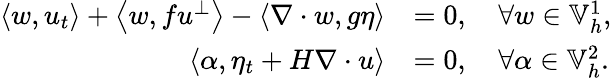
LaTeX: \begin{array}{rl}{\left\langle w,u_{t}\right\rangle+\left\langle w,fu^{\perp}\right\rangle-\left\langle\nabla\cdot w,g\eta\right\rangle}&{=0,\quad\forall w\in\mathbb{V}_{h}^{1},}\\ {\left\langle\alpha,\eta_{t}+H\nabla\cdot u\right\rangle}&{=0,\quad\forall\alpha\in\mathbb{V}_{h}^{2}.}\end{array}